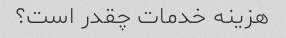
هزینه خدمات چقدر است؟